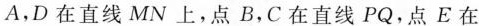
A，D在直线MN上，点B，C在直线PQ，点E在